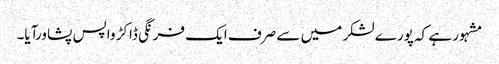
مشہور ہے کہ پورے لشکر میں سے صرف ایک فرنگی ڈاکڑ واپس پشاورآیا۔